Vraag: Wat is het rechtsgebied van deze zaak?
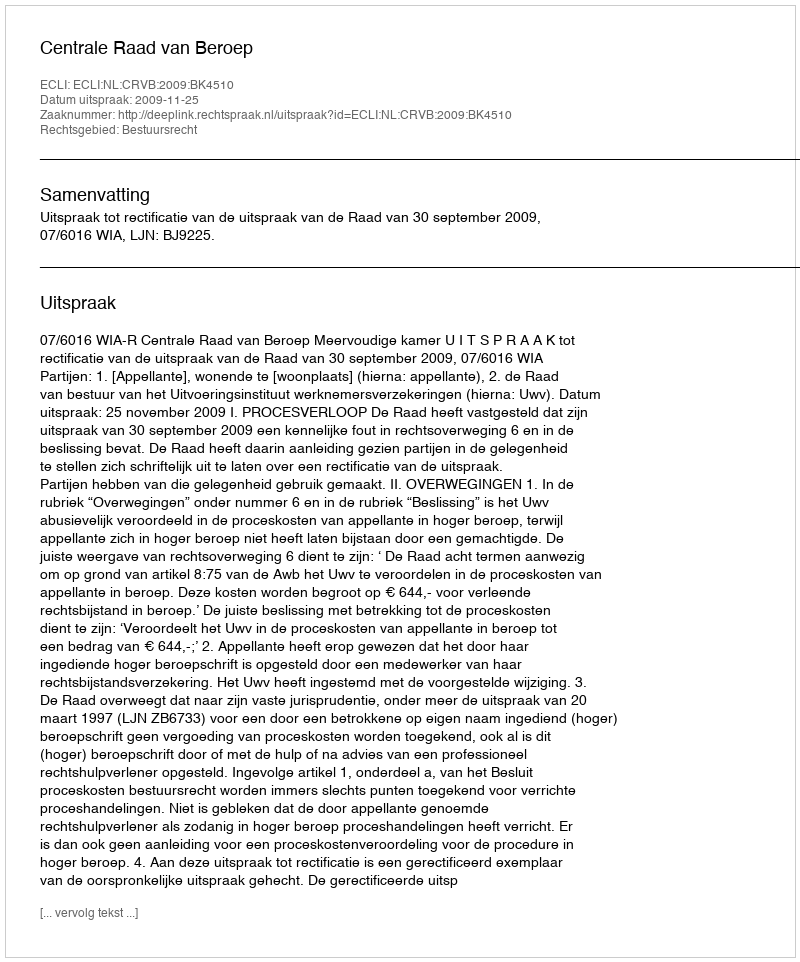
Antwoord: Bestuursrecht